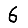
Digit: 6